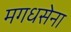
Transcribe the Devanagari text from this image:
मगधसेना